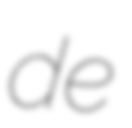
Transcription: de